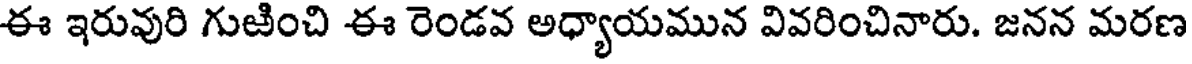
ఈ ఇరువురి గుజించి ఈ రెండవ అధ్యాయమున వివరించినారు. జనన మరణ